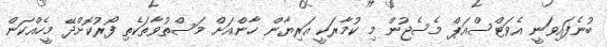
ބުނެފައިވަނީ އެވަޓްސްއަޕް މެސެޖުން މި ކުމާރަކީ އަރިޔާން ޚާންއަށް މަސްތުވާތަކެތި ފޯރުކޮށްދޭ މީހެއްކަން